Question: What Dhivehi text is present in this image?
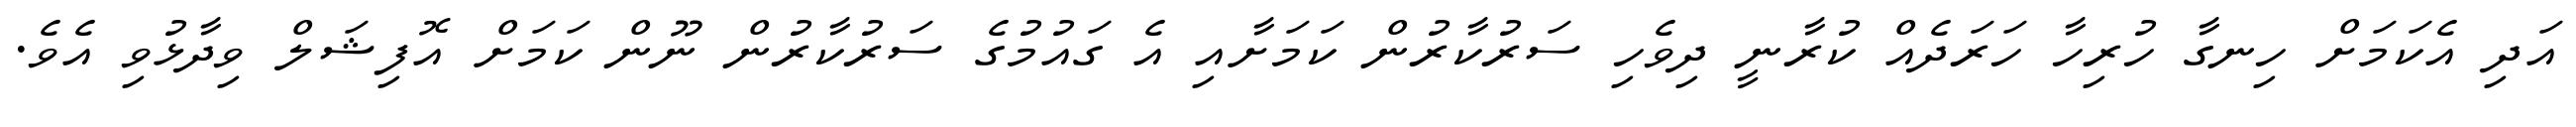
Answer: އަދި އެކަމަށް ހިނގާ ހުރިހާ ހަރަދެއް ކުރާނީ ދިވެހި ސަރުކާރުން ކަމަށާއި އެ ގައުމުގެ ސަރުކާރުން ނޫން ކަމަށް އޮފިޝަލް ވިދާޅުވި އެވެ.